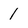
Character: 1